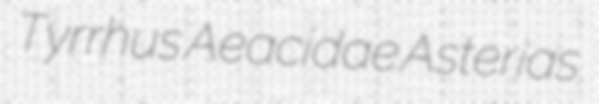
Tyrrhus Aeacidae Asterias